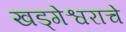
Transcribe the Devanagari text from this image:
खड्गेश्वराचे